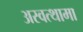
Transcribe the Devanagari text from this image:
अस्वत्थामा